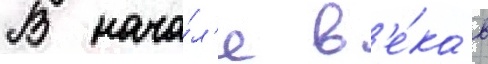
В нача́л'е в'е́ка в